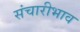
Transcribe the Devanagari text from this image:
संचारीभाव